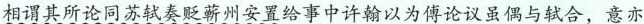
相谓其所论同苏轼奏贬蕲州安置给事中许翰以为傅论议虽偶与轼合，意亦